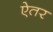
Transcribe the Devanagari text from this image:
ऐतर